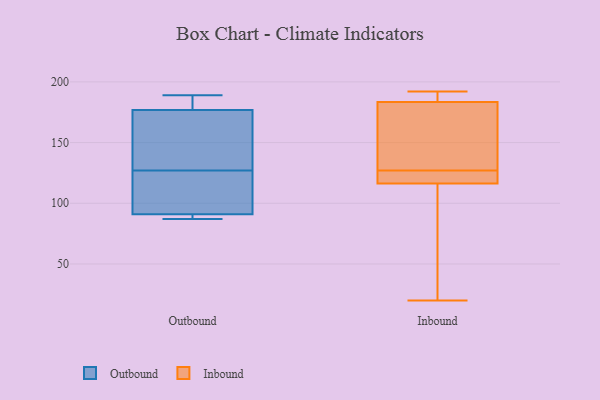
{"axis": {"x": "Bounce Rate (%)", "y": "Value"}, "legend": ["Inbound", "Outbound"], "data": [{"x": "", "y": 91, "type": "Outbound"}, {"x": "", "y": 189, "type": "Outbound"}, {"x": "", "y": 161, "type": "Outbound"}, {"x": "", "y": 127, "type": "Outbound"}, {"x": "", "y": 181, "type": "Outbound"}, {"x": "", "y": 164, "type": "Outbound"}, {"x": "", "y": 184, "type": "Outbound"}, {"x": "", "y": 125, "type": "Outbound"}, {"x": "", "y": 87, "type": "Outbound"}, {"x": "", "y": 91, "type": "Outbound"}, {"x": "", "y": 90, "type": "Outbound"}, {"x": "", "y": 20, "type": "Inbound"}, {"x": "", "y": 114, "type": "Inbound"}, {"x": "", "y": 123, "type": "Inbound"}, {"x": "", "y": 191, "type": "Inbound"}, {"x": "", "y": 192, "type": "Inbound"}, {"x": "", "y": 167, "type": "Inbound"}, {"x": "", "y": 109, "type": "Inbound"}, {"x": "", "y": 127, "type": "Inbound"}, {"x": "", "y": 179, "type": "Inbound"}, {"x": "", "y": 185, "type": "Inbound"}, {"x": "", "y": 126, "type": "Inbound"}]}